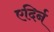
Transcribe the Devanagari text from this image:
एदिर्न